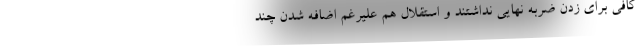
کافی برای زدن ضربه نهایی نداشتند و استقلال هم علیرغم اضافه شدن چند